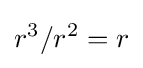
r^{3}/r^{2}=r